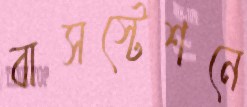
বাসস্টেশনে